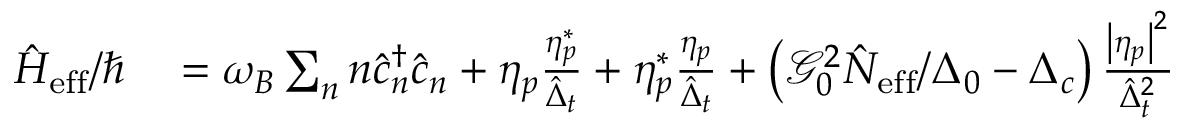
\begin{array} { r l } { \hat { H } _ { \mathrm { e f f } } / \hbar } & { { } = \omega _ { B } \sum _ { n } n \hat { c } _ { n } ^ { \dagger } \hat { c } _ { n } + \eta _ { p } \frac { \eta _ { p } ^ { * } } { \hat { \Delta } _ { t } } + \eta _ { p } ^ { * } \frac { \eta _ { p } } { \hat { \Delta } _ { t } } + \left( \mathcal { G } _ { 0 } ^ { 2 } \hat { N } _ { \mathrm { e f f } } / \Delta _ { 0 } - \Delta _ { c } \right) \frac { \left| \eta _ { p } \right| ^ { 2 } } { \hat { \Delta } _ { t } ^ { 2 } } } \end{array}